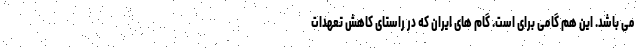
می باشد. این هم گامی برای است. گام های ایران که در راستای کاهش تعهدات